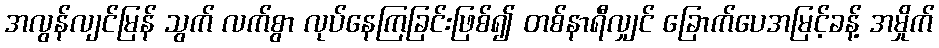
အလွန်လျင်မြန် သွက် လက်စွာ လုပ်နေကြခြင်းဖြစ်၍ တစ်နာရီလျှင် ခြောက်ပေအမြင့်ခန့် အမှိုက်